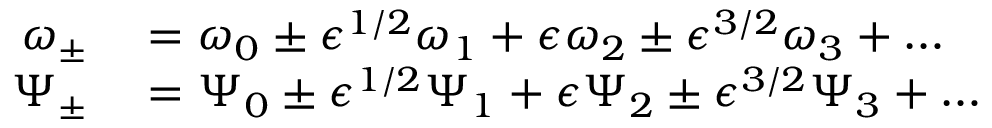
\begin{array} { r l } { \omega _ { \pm } } & { { } = \omega _ { 0 } \pm \epsilon ^ { 1 / 2 } \omega _ { 1 } + \epsilon \omega _ { 2 } \pm \epsilon ^ { 3 / 2 } \omega _ { 3 } + \ldots } \\ { \Psi _ { \pm } } & { { } = \Psi _ { 0 } \pm \epsilon ^ { 1 / 2 } \Psi _ { 1 } + \epsilon \Psi _ { 2 } \pm \epsilon ^ { 3 / 2 } \Psi _ { 3 } + \ldots } \end{array}